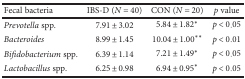
<table><thead><tr><td><b>Fecal bacteria</b></td><td><b>IBS-D (<i>N</i> = 40)</b></td><td><b>CON (<i>N</i> = 20)</b></td><td><b><i>p</i> value</b></td></tr></thead><tbody><tr><td><i>Prevotella</i> spp.</td><td>7.91 ± 3.02</td><td>5.84 ± 1.82<sup>∗</sup></td><td><i>p</i> &lt; 0.05</td></tr><tr><td><i>Bacteroides</i></td><td>8.99 ± 1.45</td><td>10.04 ± 1.00<sup>∗∗</sup></td><td><i>p</i> &lt; 0.01</td></tr><tr><td><i>Bifidobacterium</i> spp.</td><td>6.39 ± 1.14</td><td>7.21 ± 1.49<sup>∗</sup></td><td><i>p</i> &lt; 0.05</td></tr><tr><td><i>Lactobacillus</i> spp.</td><td>6.25 ± 0.98</td><td>6.94 ± 0.95<sup>∗</sup></td><td><i>p</i> &lt; 0.05</td></tr></tbody></table>